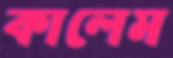
কালেম